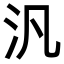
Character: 汎